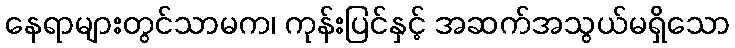
နေရာများတွင်သာမက၊ ကုန်းပြင်နှင့် အဆက်အသွယ်မရှိသော